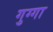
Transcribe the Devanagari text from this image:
गुग्गा